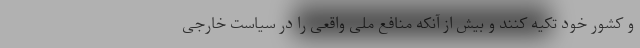
و کشور خود تکیه کنند و بیش از آنکه منافع ملی واقعی را در سیاست خارجی